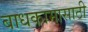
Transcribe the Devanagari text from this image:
बाधकामासाठी